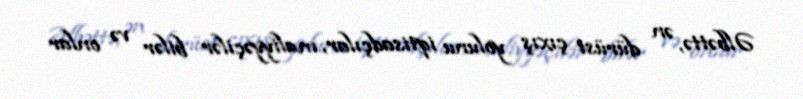
Əlbəttə, ən dürüst çıxış yolunu iqtisadçılar, maliyyəçilər bilər və onlar